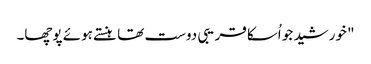
" خورشید جو اُسکا قریبی دوست تھا ہنستے ہوئے پوچھا۔